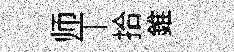
师丅拾錐